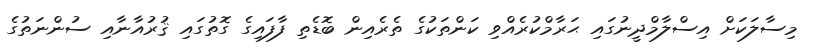
މިސާލަކަށް އިސްލާމްދީނުގައި ޙަރާމްކުރެއްވި ކަންތަކުގެ ތެރެއިން ބޮޑެތި ފާފައިގެ ގޮތުގައި ޤުރުއާނާއި ސުންނަތުގެ